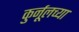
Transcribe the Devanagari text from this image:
कुर्नूलच्या